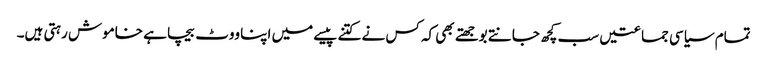
تمام سیاسی جماعتیں سب کچھ جانتے بوجھتے بھی کہ کس نے کتنے پیسے میں اپنا ووٹ بیچا ہے خاموش رہتی ہیں۔